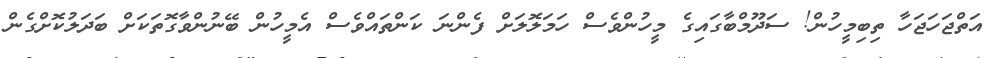
އަތްޖަހަޖަހާ ތިބިމީހުން! ސަދޫމްބާގައިގެ މީހުންވެސް ހަމަލޮލަށް ފެންނަ ކަންތައްވެސް އެމީހުން ބޭނުންވާގޮތަކަށް ބަދަލުކޮށްގެން